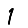
Digit: 1